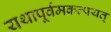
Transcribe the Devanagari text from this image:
यथापूर्वमकल्पयत्